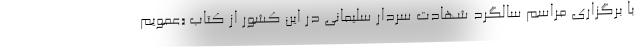
با برگزاری مراسم سالگرد شهادت سردار سلیمانی در این کشور از کتاب «عمویم